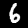
Label: 6